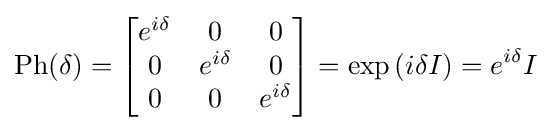
\operatorname {Ph} (\delta )={\begin{bmatrix}e^{i\delta }&0&0\\0&e^{i\delta }&0\\0&0&e^{i\delta }\end{bmatrix}}=\exp \left(i\delta I\right)=e^{i\delta }I